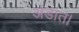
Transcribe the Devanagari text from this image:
अंडात।